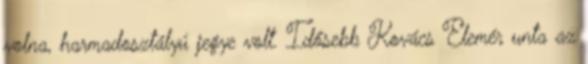
volna, harmadosztályú jegye volt. Idősebb Kovács Elemér unta az